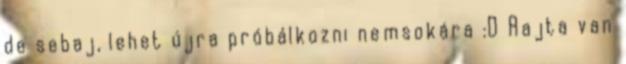
de sebaj, lehet újra próbálkozni nemsokára :D Rajta van